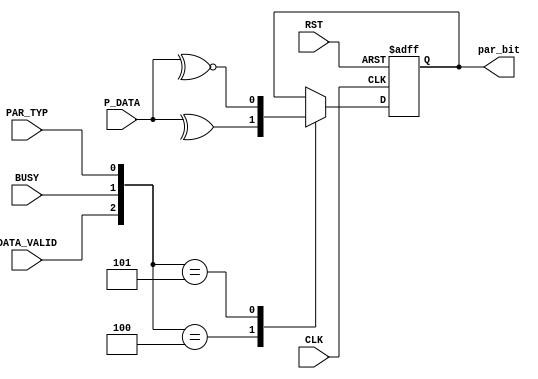
module Parity_Calc #(parameter IN_data =8)(
input wire CLK,RST,
input wire DATA_VALID,BUSY,
input wire [IN_data-1:0] P_DATA,
input wire PAR_TYP,
output reg par_bit
);
always@(posedge CLK or negedge RST)
begin
 if(!RST)
     par_bit<=0;
 else begin
     case({DATA_VALID,BUSY,PAR_TYP})
       'b100:par_bit<=^P_DATA;
       'b101:par_bit<=~^P_DATA;
       default:par_bit<=par_bit; 
     endcase
    end
end
endmodule